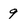
Character: g